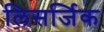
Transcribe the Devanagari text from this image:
लिसर्जिक